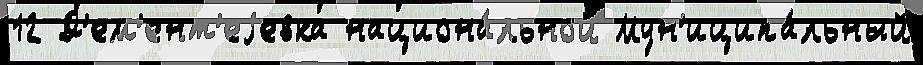
12 Д'ем'ент'еjевка национа́льной Мун'иципа́льный